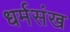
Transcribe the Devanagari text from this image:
धर्मसंख